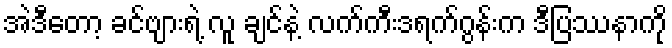
အဲဒီတော့ ခင်ဗျားရဲ့ လူ ချင်နဲ့ လက်ကီးဒရက်ဂွန်းက ဒီပြဿနာကို